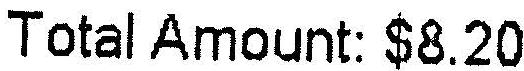
TOTAL AMOUNT: $8.20